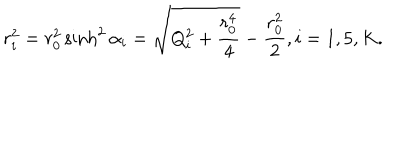
r _ { i } ^ { 2 } = r _ { 0 } ^ { 2 } \sinh ^ { 2 } \alpha _ { i } = \sqrt { Q _ { i } ^ { 2 } + { \frac { r _ { 0 } ^ { 4 } } { 4 } } } - { \frac { r _ { 0 } ^ { 2 } } { 2 } } , i = 1 , 5 , K .